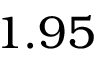
1 . 9 5